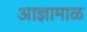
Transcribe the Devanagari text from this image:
आज्ञामाळ